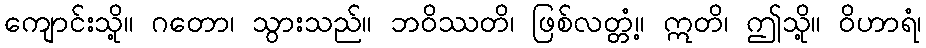
ကျောင်းသို့။ ဂတော၊ သွားသည်။ ဘဝိဿတိ၊ ဖြစ်လတ္တံ့။ ဣတိ၊ ဤသို့။ ဝိဟာရံ၊